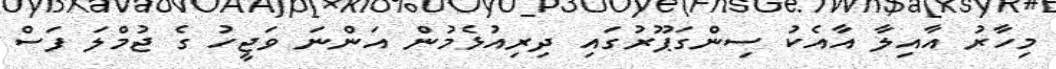
މިހާރު އާއިލާ އާއެކު ސިންގަޕޫރުގައި ދިރިއުޅެމުން އަންނަ ވަޖީހު ގެ ޖުމްލަ ފަސް